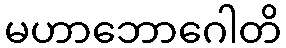
မဟာဘောဂေါတိ